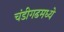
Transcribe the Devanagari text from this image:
चंडीगढमध्ये